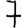
Digit: 7